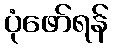
ပုံဖော်ရန်